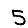
Digit: 5